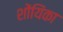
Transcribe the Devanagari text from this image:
शोंयिंका